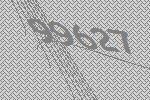
99627